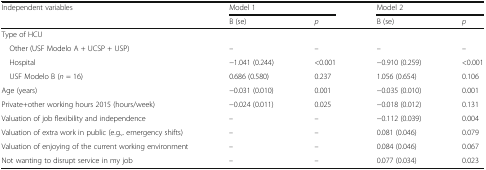
| <ROWSPAN=2> Independent variables | <COLSPAN=2> Model 1 | <COLSPAN=2> Model 2 |
 | B (se) | p | B (se) | p |
 | --- | --- | --- | --- | --- |
 | <COLSPAN=5> Type of HCU |
 | Other (USF Modelo A + UCSP + USP) | – | – | – | – |
 | Hospital | −1.041 (0.244) | <0.001 | −0.910 (0.259) | <0.001 |
 | USF Modelo B (n = 16) | 0.686 (0.580) | 0.237 | 1.056 (0.654) | 0.106 |
 | Age (years) | −0.031 (0.010) | 0.001 | −0.035 (0.010) | 0.001 |
 | Private+other working hours 2015 (hours/week) | −0.024 (0.011) | 0.025 | −0.018 (0.012) | 0.131 |
 | Valuation of job flexibility and independence | – | – | −0.112 (0.039) | 0.004 |
 | Valuation of extra work in public (e.g.,. emergency shifts) | – | – | 0.081 (0.046) | 0.079 |
 | Valuation of enjoying of the current working environment | – | – | 0.084 (0.046) | 0.067 |
 | Not wanting to disrupt service in my job | – | – | 0.077 (0.034) | 0.023 |